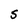
Character: 5